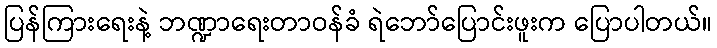
ပြန်ကြားရေးနဲ့ ဘဏ္ဍာရေးတာဝန်ခံ ရဲဘော်ပြောင်းဖူးက ပြောပါတယ်။